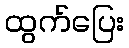
ထွက်ပြေး